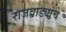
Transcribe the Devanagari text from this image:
राजवाड्यांचे